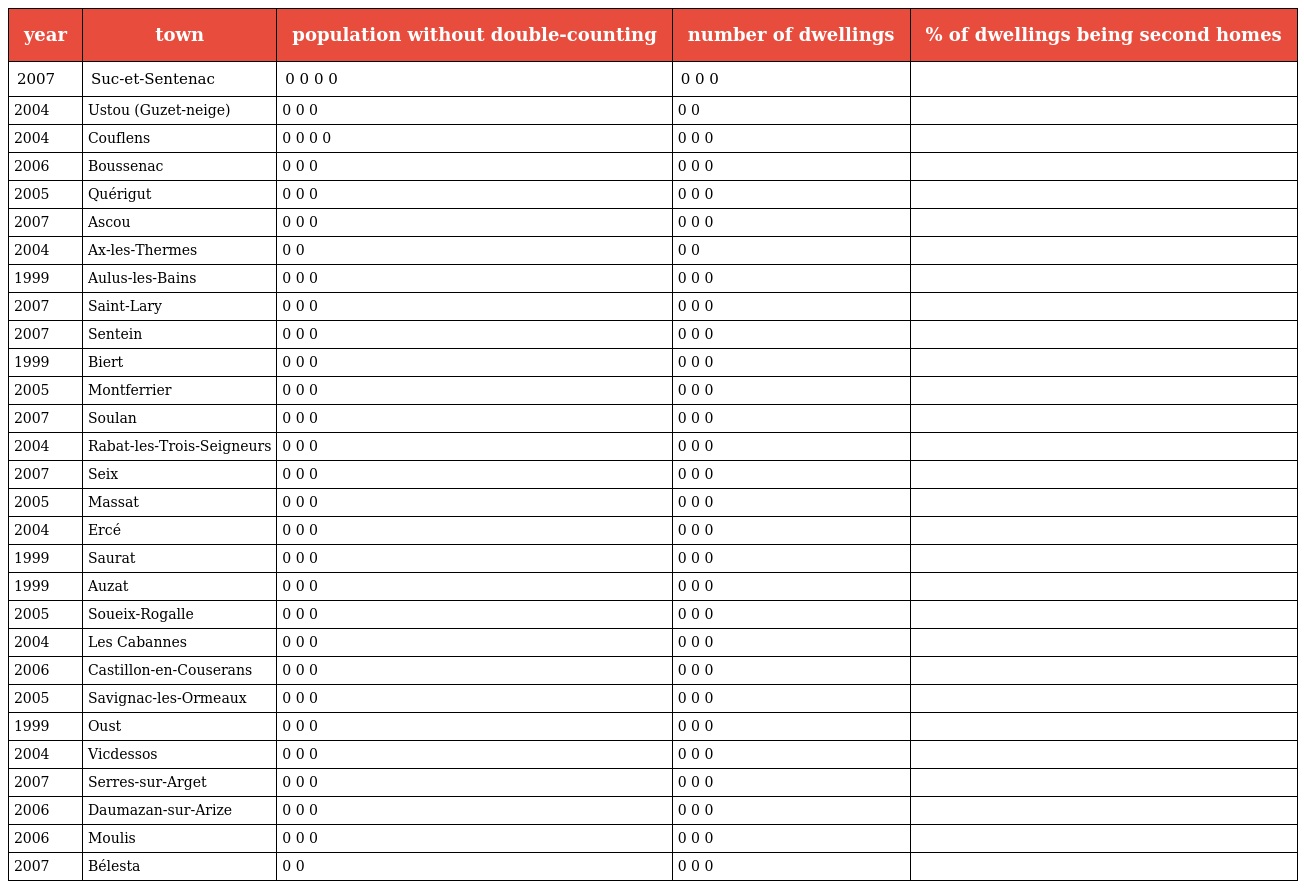
| year | town | population without double-counting | number of dwellings | % of dwellings being second homes |
 | --- | --- | --- | --- | --- |
 | 2007 | Suc-et-Sentenac | 0 0 0 0 | 0 0 0 |  |
 | 2004 | Ustou (Guzet-neige) | 0 0 0 | 0 0 |  |
 | 2004 | Couflens | 0 0 0 0 | 0 0 0 |  |
 | 2006 | Boussenac | 0 0 0 | 0 0 0 |  |
 | 2005 | Quérigut | 0 0 0 | 0 0 0 |  |
 | 2007 | Ascou | 0 0 0 | 0 0 0 |  |
 | 2004 | Ax-les-Thermes | 0 0 | 0 0 |  |
 | 1999 | Aulus-les-Bains | 0 0 0 | 0 0 0 |  |
 | 2007 | Saint-Lary | 0 0 0 | 0 0 0 |  |
 | 2007 | Sentein | 0 0 0 | 0 0 0 |  |
 | 1999 | Biert | 0 0 0 | 0 0 0 |  |
 | 2005 | Montferrier | 0 0 0 | 0 0 0 |  |
 | 2007 | Soulan | 0 0 0 | 0 0 0 |  |
 | 2004 | Rabat-les-Trois-Seigneurs | 0 0 0 | 0 0 0 |  |
 | 2007 | Seix | 0 0 0 | 0 0 0 |  |
 | 2005 | Massat | 0 0 0 | 0 0 0 |  |
 | 2004 | Ercé | 0 0 0 | 0 0 0 |  |
 | 1999 | Saurat | 0 0 0 | 0 0 0 |  |
 | 1999 | Auzat | 0 0 0 | 0 0 0 |  |
 | 2005 | Soueix-Rogalle | 0 0 0 | 0 0 0 |  |
 | 2004 | Les Cabannes | 0 0 0 | 0 0 0 |  |
 | 2006 | Castillon-en-Couserans | 0 0 0 | 0 0 0 |  |
 | 2005 | Savignac-les-Ormeaux | 0 0 0 | 0 0 0 |  |
 | 1999 | Oust | 0 0 0 | 0 0 0 |  |
 | 2004 | Vicdessos | 0 0 0 | 0 0 0 |  |
 | 2007 | Serres-sur-Arget | 0 0 0 | 0 0 0 |  |
 | 2006 | Daumazan-sur-Arize | 0 0 0 | 0 0 0 |  |
 | 2006 | Moulis | 0 0 0 | 0 0 0 |  |
 | 2007 | Bélesta | 0 0 | 0 0 0 |  |